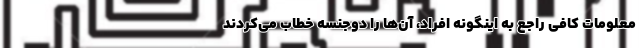
معلومات کافی راجع به اینگونه افراد، آن‌ها را دوجنسه خطاب می‌کردند